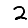
Digit: 2